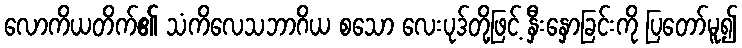
လောကိယတိက်၏ သံကိလေသဘာဂိယ စသော လေးပုဒ်တို့ဖြင့် နှီးနှောခြင်းကို ပြတော်မူ၍